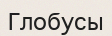
Глобусы